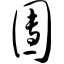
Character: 团